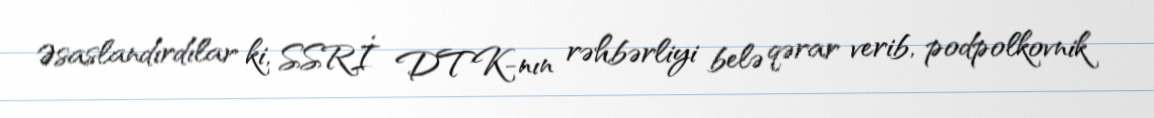
Əsaslandırdılar ki, SSRİ DTK-nın rəhbərliyi belə qərar verib, podpolkovnik